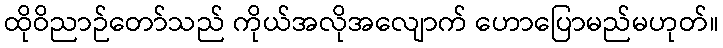
ထိုဝိညာဉ်တော်သည် ကိုယ်အလိုအလျောက် ဟောပြောမည်မဟုတ်။